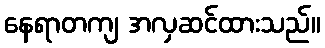
နေရာတကျ အလှဆင်ထားသည်။